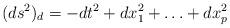
LaTeX: \begin{align*}(ds^2)_d = - dt^2 + dx_1^2 + \ldots + dx_p^2\end{align*}